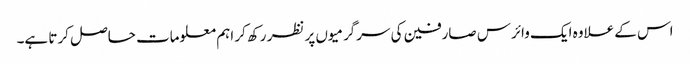
اس کے علاوہ ایک وائرس صارفین کی سرگرمیوں پر نظر رکھ کر اہم معلومات حاصل کرتا ہے۔